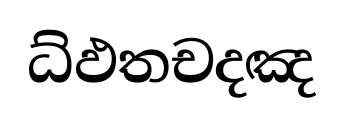
ධ්ඵතචදඤ